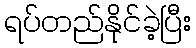
ရပ်တည်နိုင်ခဲ့ပြီး